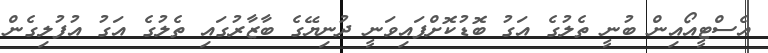
އެސްޓީއޯއިން ބުނީ ތެލުގެ އަގު ބޮޑުކޮށްފައިވަނީ ދުނިޔޭގެ ބާޒާރުގައި ތެލުގެ އަގު އުފުލިގެން